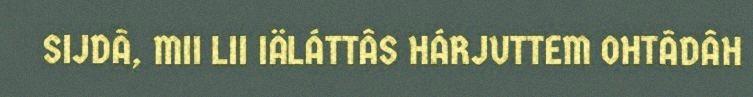
SIJDÂ, MII LII IÄLÁTTÂS HÁRJUTTEM OHTÂDÂH